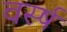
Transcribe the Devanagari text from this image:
वर्स्ष